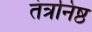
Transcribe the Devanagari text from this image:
तंत्रनिष्ठ